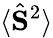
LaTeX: \langle\hat{\mathbf{S}}^{2}\rangle